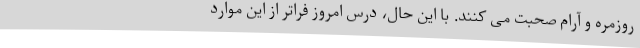
روزمره و آرام صحبت می کنند. با این حال، درس امروز فراتر از این موارد